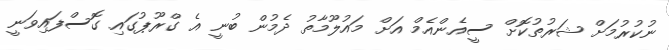
ނުކުރުމަށް ޝަރުތުކޮށް ސީއެންއެމް އަށް މައުލޫމާތު ދެމުން ބުނީ އެ ގްރޫޕުގައި ގޮސްފައިވަނީ